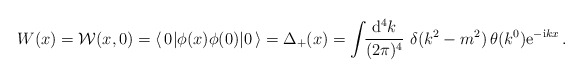
\begin{align*}W(x) = {\cal W}(x,0) = \langle\, 0 | \phi(x)\phi(0) | 0 \,\rangle= \Delta_+(x)= {\displaystyle \int \!\! \frac{{\rm d}^4 k}{(2\pi)^4}} \,\, \delta(k^2 - m^2)\, \theta(k^0) {\rm e}^{-{\rm i} k x }\,.\end{align*}